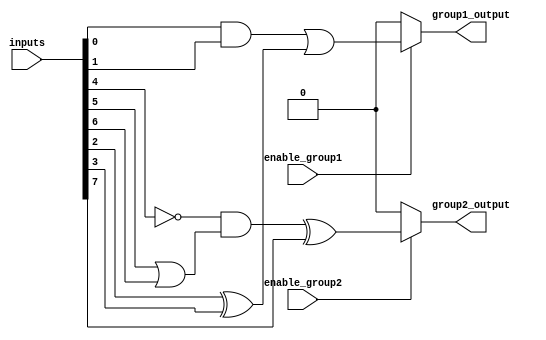
module adjacency_groups (
    input wire [7:0] inputs,        // 8-bit input signals
    input wire enable_group1,       // Control signal for Group 1
    input wire enable_group2,       // Control signal for Group 2
    output reg group1_output,       // Output for Group 1
    output reg group2_output        // Output for Group 2
);

// Group 1: Inputs [0:3] (inputs[0], inputs[1], inputs[2], inputs[3])
// Group 2: Inputs [4:7] (inputs[4], inputs[5], inputs[6], inputs[7])

// Combinational logic for Group 1
always @(*) begin
    if (enable_group1) begin
        group1_output = inputs[0] & inputs[1] | inputs[2] ^ inputs[3]; // Example logic
    end else begin
        group1_output = 1'b0; // Disable output if control signal is low
    end
end

// Combinational logic for Group 2
always @(*) begin
    if (enable_group2) begin
        group2_output = ~inputs[4] & (inputs[5] | inputs[6]) ^ inputs[7]; // Example logic
    end else begin
        group2_output = 1'b0; // Disable output if control signal is low
    end
end

endmodule